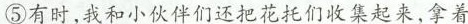
⑤有时,我和小伙伴们还把花托们收集起来,拿着